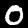
Digit: 0